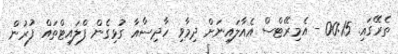
ތެރޭގައި. 00:15 - އެމިރޭޓްސް އެއާލައިނަށް ދިމާވި ހާދިސާއާ ގުޅިގެން ފްލައިޓްތައް ފުރުން